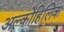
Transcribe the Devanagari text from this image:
अल्कोहिलिक